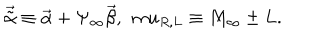
{ \vec { \tilde { \alpha } } } \equiv { \vec { \alpha } } + \Psi _ { \infty } { \vec { \beta } } , \ \, m u _ { R , L } \equiv M _ { \infty } \pm L .